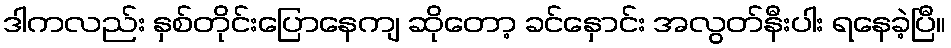
ဒါကလည်း နှစ်တိုင်းပြောနေကျ ဆိုတော့ ခင်နှောင်း အလွတ်နီးပါး ရနေခဲ့ပြီ။